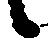
候